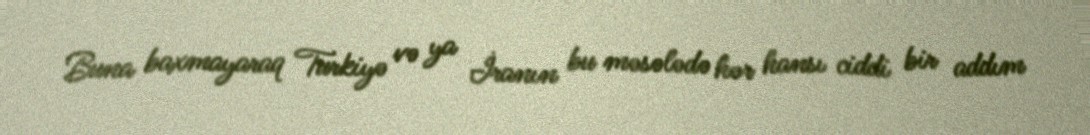
Buna baxmayaraq Turkiyə və ya İranın bu məsələdə hər hansı ciddi bir addım